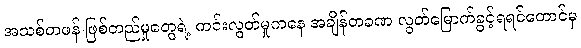
အသစ်တဖန် ဖြစ်တည်မှုတွေရဲ့ ကင်းလွတ်မှုကနေ အချိန်တခဏ လွတ်မြောက်ခွင့်ရရင်တောင်မှ